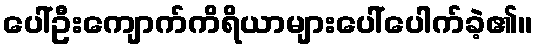
ပေါ်ဦးကျောက်ကိရိယာများပေါ်ပေါက်ခဲ့၏။